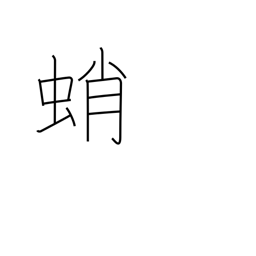
Meaning: octopus